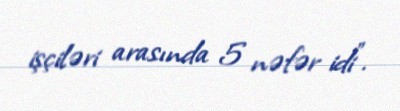
işçiləri arasında 5 nəfər idi”.